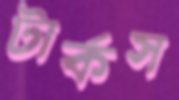
টার্কস